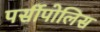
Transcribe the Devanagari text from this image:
पर्सीपोलिस